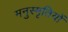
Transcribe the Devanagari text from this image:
मनुस्मृतियों